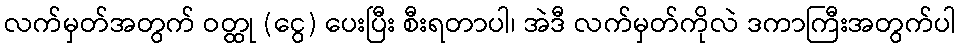
လက်မှတ်အတွက် ဝတ္ထု (ငွေ) ပေးပြီး စီးရတာပါ၊ အဲဒီ လက်မှတ်ကိုလဲ ဒကာကြီးအတွက်ပါ